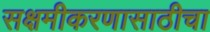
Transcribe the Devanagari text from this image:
सक्षमीकरणासाठीचा